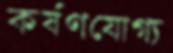
কর্ষণযোগ্য